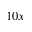
1 0 x